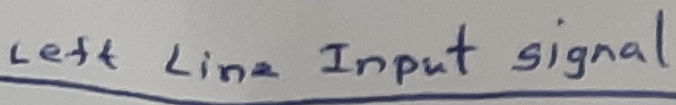
Text: Left lineInput signal